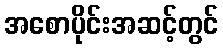
အစောပိုင်းအဆင့်တွင်